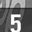
Digit: 5